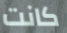
كانت